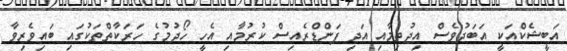
އަބީޝެކްއަކީ އަބަދުވެސް އިޖުތިމާއި އަދި ފަންޑްރެއިސް ކުރުމާއި އެހީ ހޯދުމުގެ ހަރަކާތްތަކުގައި ބައިވެރިވާ